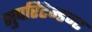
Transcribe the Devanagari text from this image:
सुपरिंटेन्डन्ट